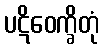
ပဋိဝေက္ခိတုံ